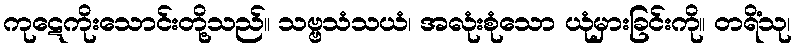
ကုဋေကိုးသောင်းတို့သည်။ သဗ္ဗသံသယံ၊ အလုံးစုံသော ယုံမှားခြင်းကို။ တရိံသု၊